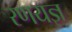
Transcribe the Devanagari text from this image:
रणयज्ञ